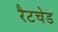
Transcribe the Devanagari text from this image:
रैटचेड